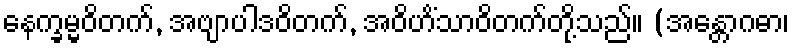
နေက္ခမ္မဝိတက်, အဗျာပါဒဝိတက်, အဝိဟိံသာဝိတက်တို့သည်။ (အန္တောဂဓာ၊